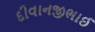
દીવાનજીભાઈ